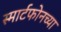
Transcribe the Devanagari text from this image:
स्मार्टफोनच्या